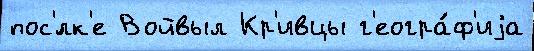
пос'́лк'е Войвыл Кр'ивцы г'еогра́ф'иjа